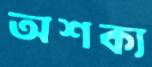
অশক্য